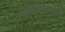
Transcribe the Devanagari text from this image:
अतिसहनशील